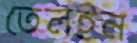
তেলইন